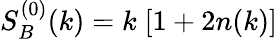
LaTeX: S_{B}^{(0)}(k)=k\; [1+2n(k)]